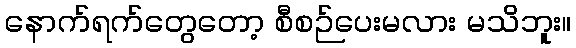
နောက်ရက်တွေတော့ စီစဉ်ပေးမလား မသိဘူး။